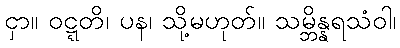
ငှာ။ ဝဋ္ဋတိ၊ ပန၊ သို့မဟုတ်။ သမ္ဘိန္နရသံဝါ၊